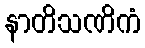
နာတိသဏိကံ